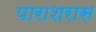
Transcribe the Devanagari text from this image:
पाराशरास